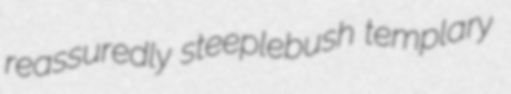
reassuredly steeplebush templary